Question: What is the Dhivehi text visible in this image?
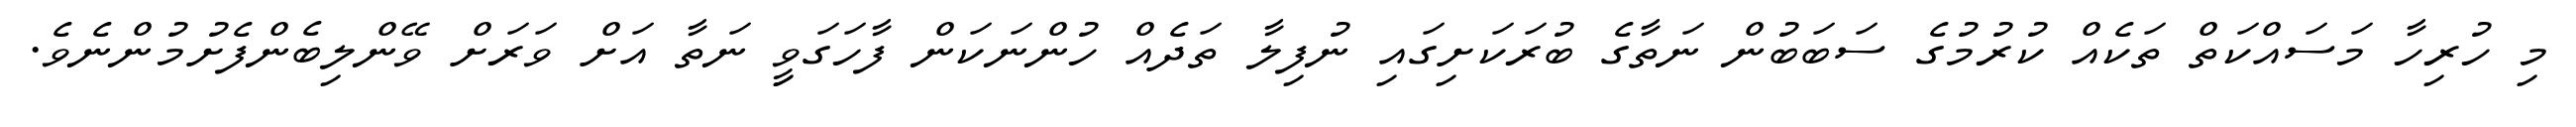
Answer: މި ހުރިހާ މަސައްކަތް ތަކެއް ކުރުމުގެ ސަބަބުން ނަތާގެ ބުރަކަށިގައި ނުފިލާ ތަދެއް ހުންނަކަން ފާހަގަވިީ ނަތާ އަށް ވަރަށް ވޭންލިބެންފެށުމުންނެވެ.